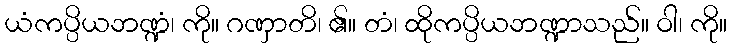
ယံကပ္ပိယဘဏ္ဍံ၊ ကို။ ဂဏှာတိ၊ ၏။ တံ၊ ထိုကပ္ပိယဘဏ္ဍာသည်။ ဝါ၊ ကို။